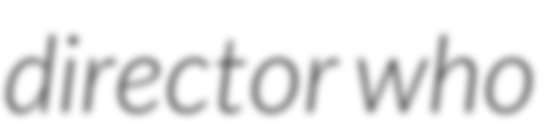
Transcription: director who